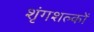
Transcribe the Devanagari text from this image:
शृंगशल्कों